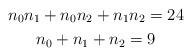
LaTeX: \begin{gather*}n_0n_1+n_0n_2+n_1n_2=24\\n_0+n_1+n_2=9\end{gather*}